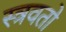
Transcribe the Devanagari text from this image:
स्त्रवतो